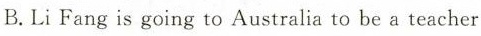
B. Li Fang is going to Australia to be a teacher